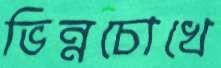
ভিন্নচোখে